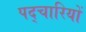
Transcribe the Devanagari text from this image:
पद्चारियों